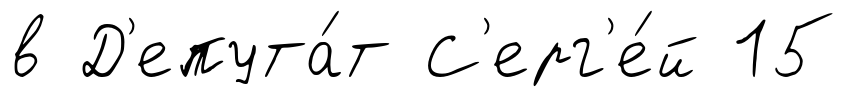
в Д'епута́т С'ерг'е́й 15